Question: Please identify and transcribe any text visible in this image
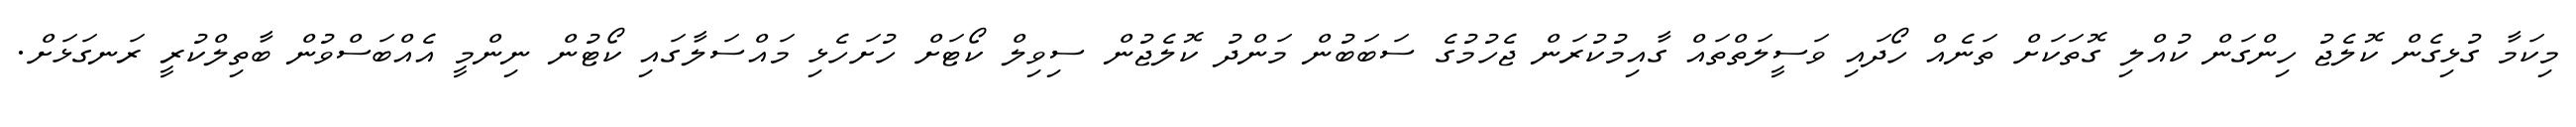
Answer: މިކަމާ ގުޅިގެން ކޮލެޖު ހިންގަން ކުއްލި ގޮތަކަށް ތަނެއް ހޯދައި ވަސީލަތްތައް ގާއިމުކުރަން ޖެހުމުގެ ސަބަބުން މަންދު ކޮލެޖުން ސިވިލް ކޯޓަށް ހުށަހެޅި މައްސަލާގައި ކޯޓުން ނިންމީ އެއްބަސްވުން ބާތިލްކުރީ ރަނގަޅަށް.